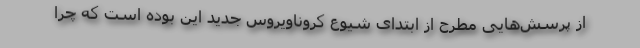
از پرسش‌هایی مطرح از ابتدای شیوع کروناویروس جدید این بوده است که چرا